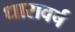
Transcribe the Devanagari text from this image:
धारावर्ष